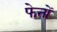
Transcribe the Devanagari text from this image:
फेनों